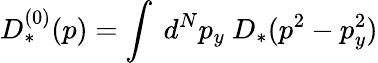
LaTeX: D_{*}^{(0)}(p)=\int~d^{N}p_{y}~D_{*}(p^{2}-p_{y}^{2})